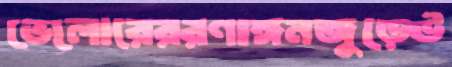
ভেলোরেররণাঙ্গনজুড়েউ